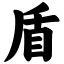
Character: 盾